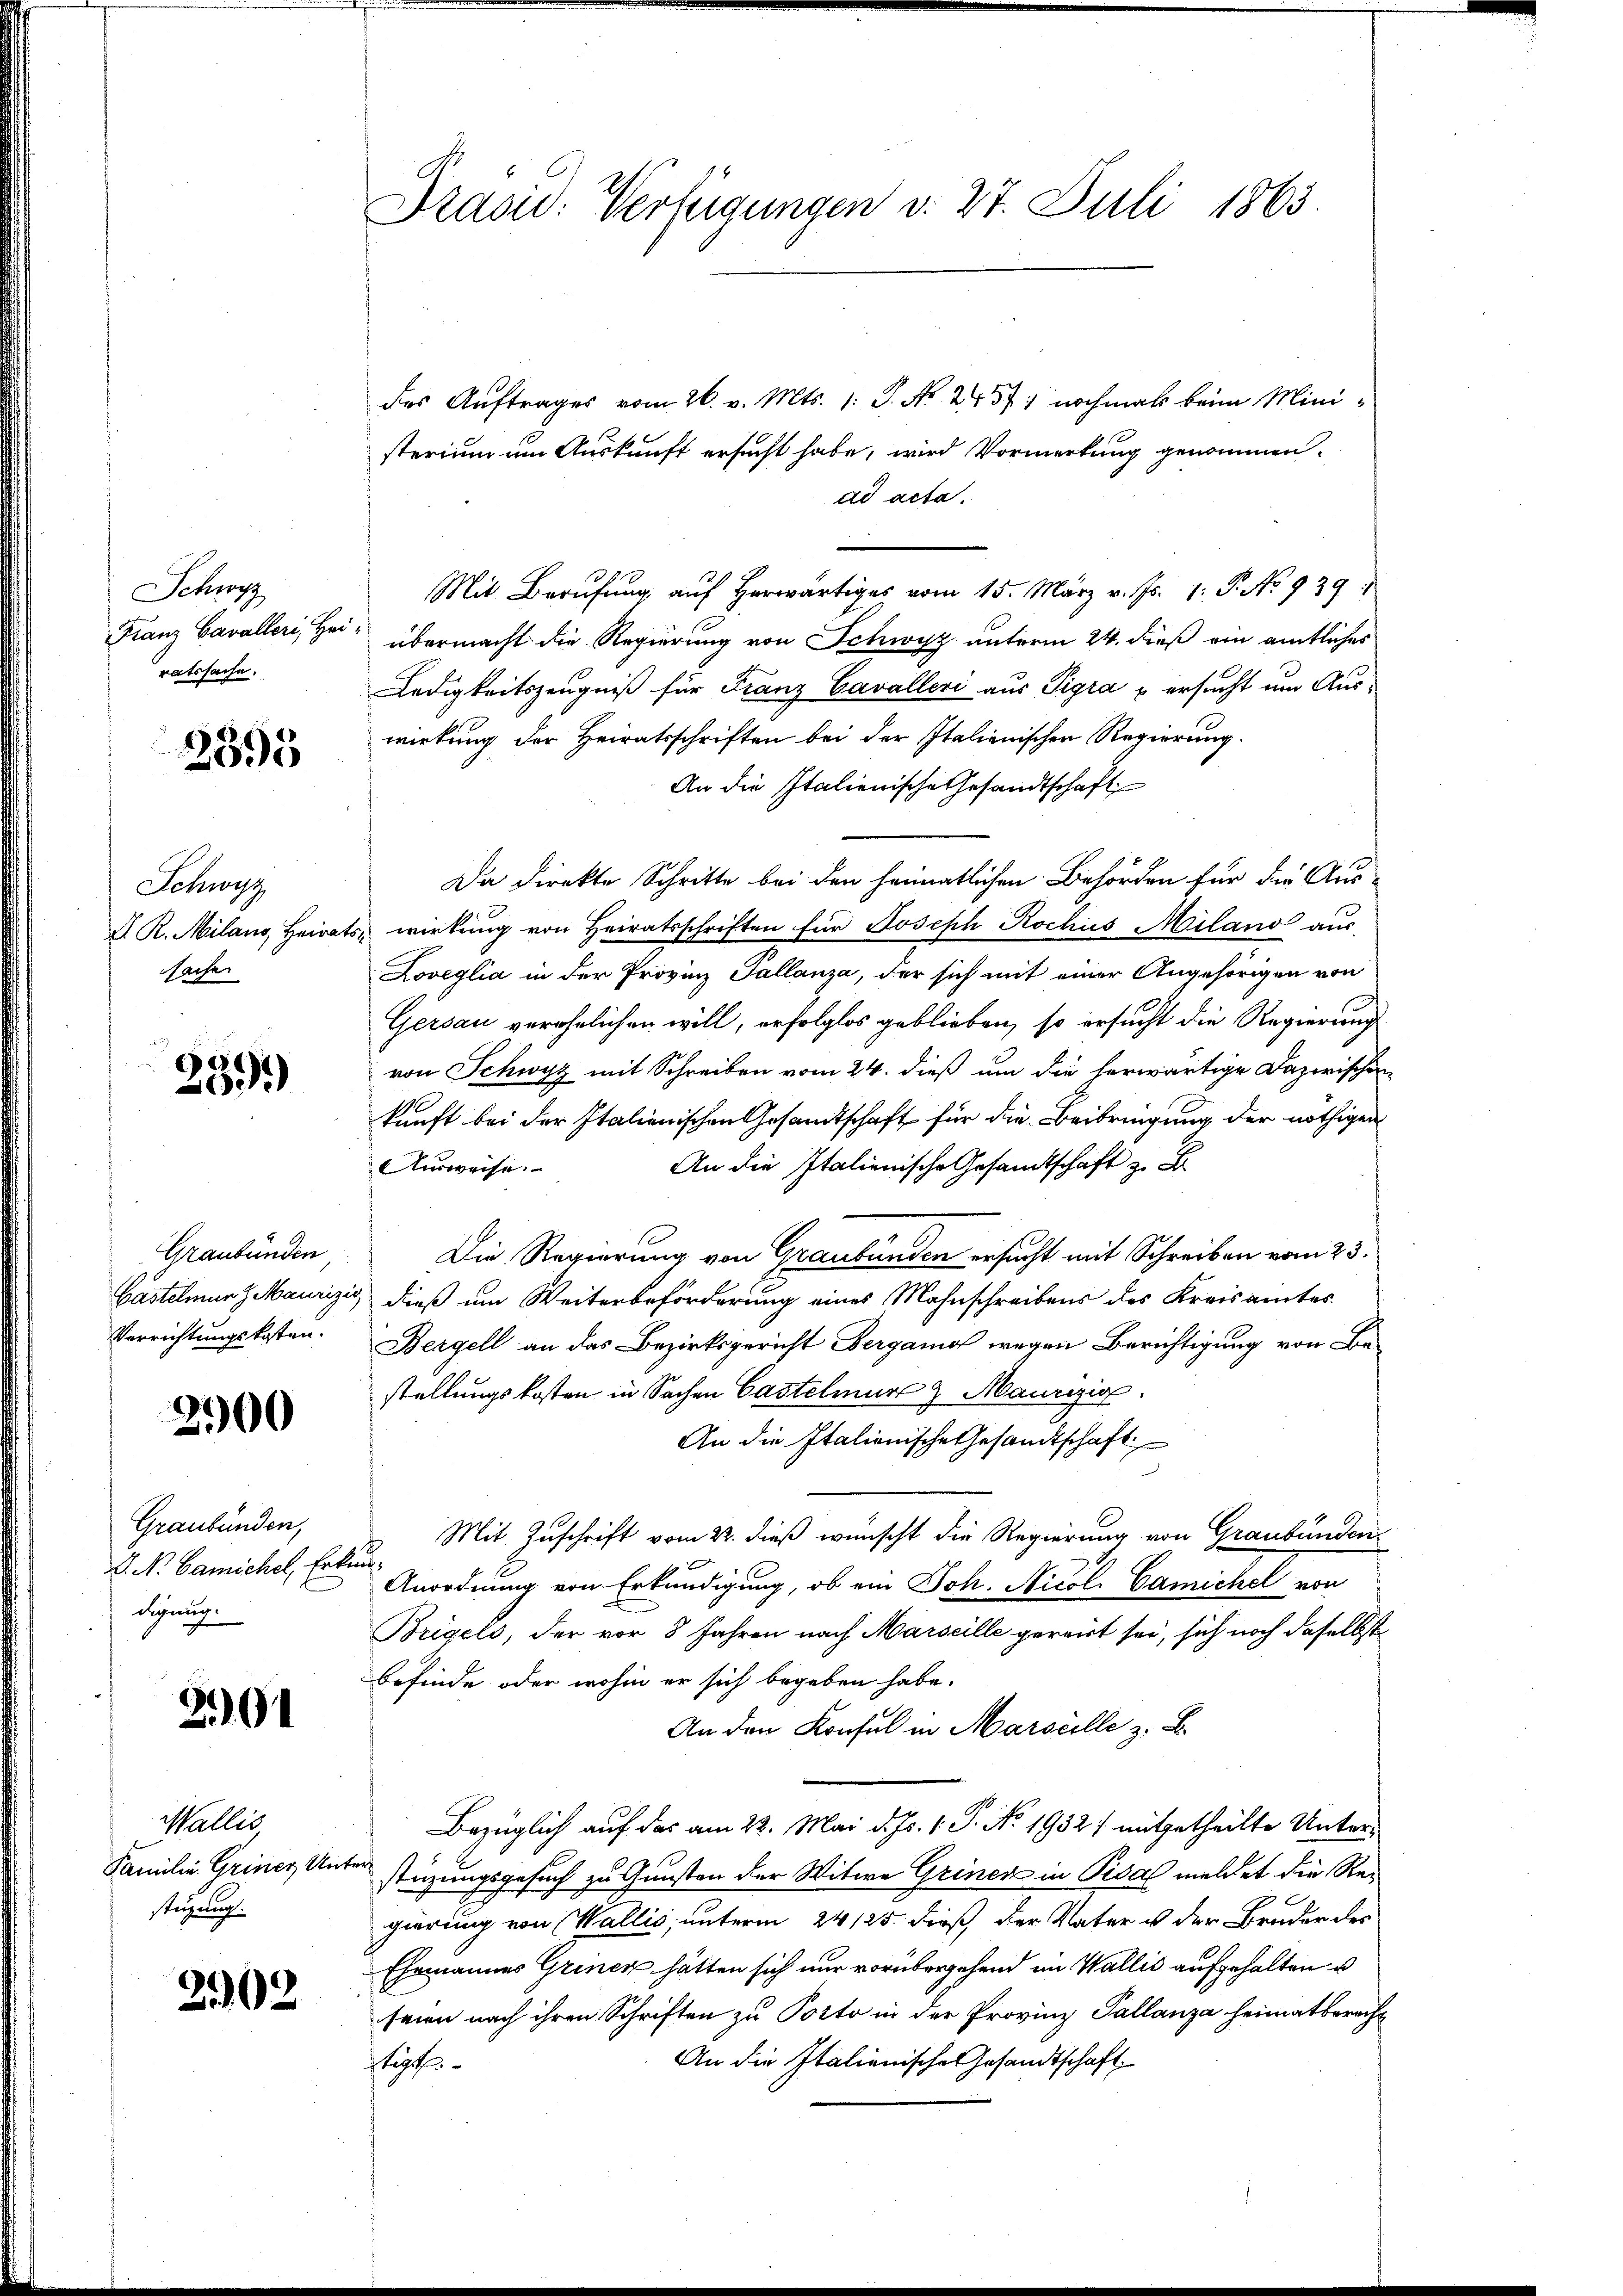
Schwyz
Franz Cavalleri, Her
ratssache.

2595

Schwyz
D. R. Milans, Heirats.
sache

60
01.)

Graubünden
Gastelmunz Maurig.
Verrichtungskosten.

2900

Graubünden,
L. N. Camichel, Erke
digung.

201

Wallis
Familie Griner Unsteigung.

2902

Präsid. Verfügungen v. 27. Juli 1863.

das Auftrages vom 26. v. Mts. 1: P. Nr. 2437) nochmals beim Ministerium um Auskunft ersucht habe, wird Vormerkung genommen.
ad acta.
Mit Berufung auf herwärtiges vom 15. März v. Js. 1. P. No 939.
übermacht die Regierung von Schwyz unterm 24. dieß ein amtliches
Ledigkeitszeugniß für Franz Cavalleri aus Pigra u ersucht um Auswirkung der Heiratsschriften bei der Italienischer Regierung.
An die Italienische Gesandtschaft
Da direkte Schritte bei den heimatlichen Behörden für die Aus
wirkung von Heiratsschriften für Joseph Rochus Miland aus-
Loveglia in der Provinz Pallanza, der sich mit einer Angehörigen von
Gersau verähnlichen will, erfolglos geblieben, so ersucht die Regierung
von Schwyz mit Schreiben vom 24. dieß um die herwärtige Dazwischen
kunft bei der Italienischen Gesamtschaft für die Beibringung der nöthigen
An die Italienische Gesandtschaft z. B.
Ausweise.
Die Regierung von Graubünden ersucht mit Schreiben vom 23.
dieß um Weiterbeförderung eines Mahnschreibens des Kreisamtes
Bergell an das Bezirksgericht Bergamo wegen Berichtigung von Be-
stellungskosten in Sachen Castelmur & Maurig
An die Italienische Gesandtschaft
Mit Zuschrift vom 22. dieß wünscht die Regierung von Graubünden
Anordnung von Erkundigung, ob ein Joh. Nicol. Camichel von
Bregels, der vor 8 Jahren nach Marseille gereit sei, sich noch daselbst
befinde oder wohin er sich begeben habe.
An den Konsul in Marseille z. B.
Bezüglich auf das am 22. Mai d. Js. 1. P. No. 1932 / mitgetheilte Unterstüzungsgesuch zu Gunsten der Witwe Grinen in Pisa meldet die Regierung von Wallis unterm 24 125. dieß der Vater u der Bruder des
Ehemannes Grinen hätten sich nur vorübergehend im Wallis aufgehalten u
seien nach ihren Schriften zu Porto in der Provinz Pallanza heimatberecht
An die Italienische Gesandtschaft
stit